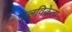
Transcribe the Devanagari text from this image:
फूलविक्रेता